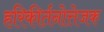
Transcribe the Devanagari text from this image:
हरिकीर्तनोत्तेजक